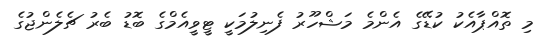
މި ތޮއްޕާއެކު ކުޑޭގެ އެންމެ މަޝްހޫރު ފެނިލުމަކީ ޓީވީއެމްގެ ބޮޑު ބެރު ޗެލެންޖުގެ